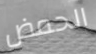
الحمض